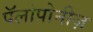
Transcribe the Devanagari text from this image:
पॅलोपोनीज़